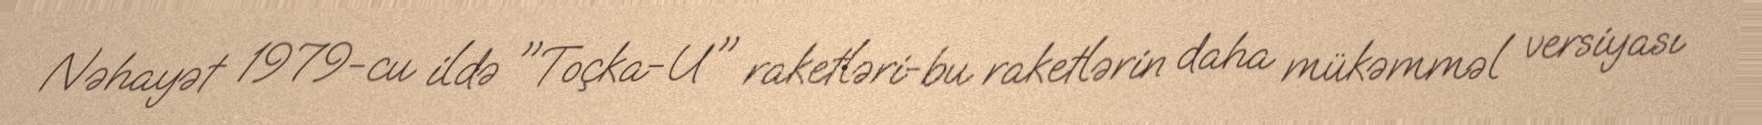
Nəhayət 1979-cu ildə "Toçka-U" raketləri-bu raketlərin daha mükəmməl versiyası